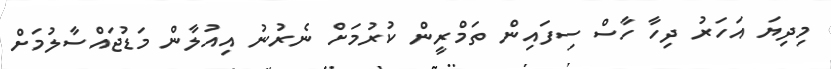
މިދިޔަ އަހަރު ދިހާ ހާސް ސިފައިން ތަމްރީން ކުރުމަށް ނެރުނު އިއުލާން މަޑުޖައްސާލުމަށް